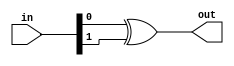
module f15_TECH_XOR2(input [1:0] in, output out);
assign out = in[0] ^ in[1];
endmodule